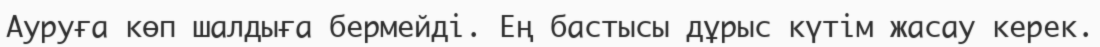
Ауруға көп шалдыға бермейді. Ең бастысы дұрыс күтім жасау керек.